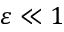
\varepsilon \ll 1